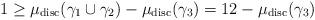
LaTeX: \begin{align*} 1\geq \mu_{\mathrm{disc}}(\gamma_{1}\cup{\gamma_{2}})-\mu_{\mathrm{disc}}(\gamma_{3})=12-\mu_{\mathrm{disc}}(\gamma_{3})\end{align*}